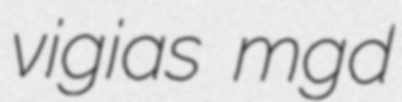
vigias mgd